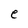
Character: e